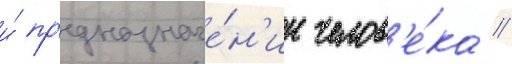
и́ пр'едназначе́н'ии челов'е́ка //